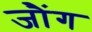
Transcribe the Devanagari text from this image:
जौंग